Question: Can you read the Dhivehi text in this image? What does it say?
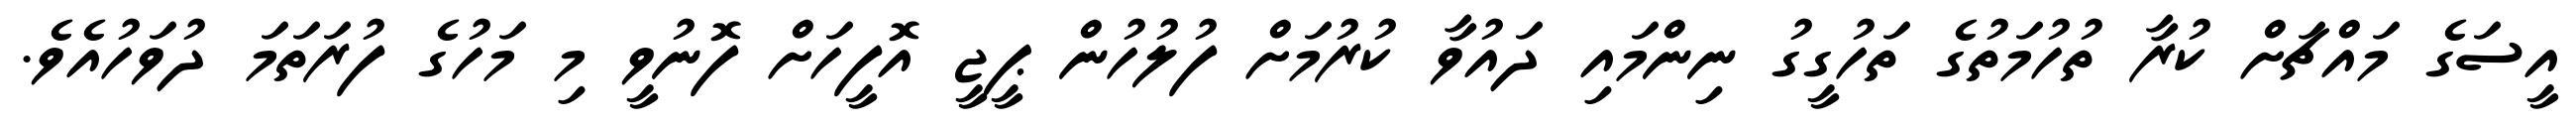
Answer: އީސަގެ މައްޗަށް ކުރާ ތުހުމަތުގެ ތަހުގީގު ނިންމައި ދައުވާ ކުރުމަށް ފުލުހުން ޕީޖީ އޮފީހަށް ފޮނުވީ މި މަހުގެ ފުރަތަމަ ދުވަހުއެވެ.